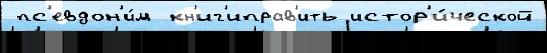
 пс'евдон'и́м кн'иг'иправ'ить истор'и́ческой